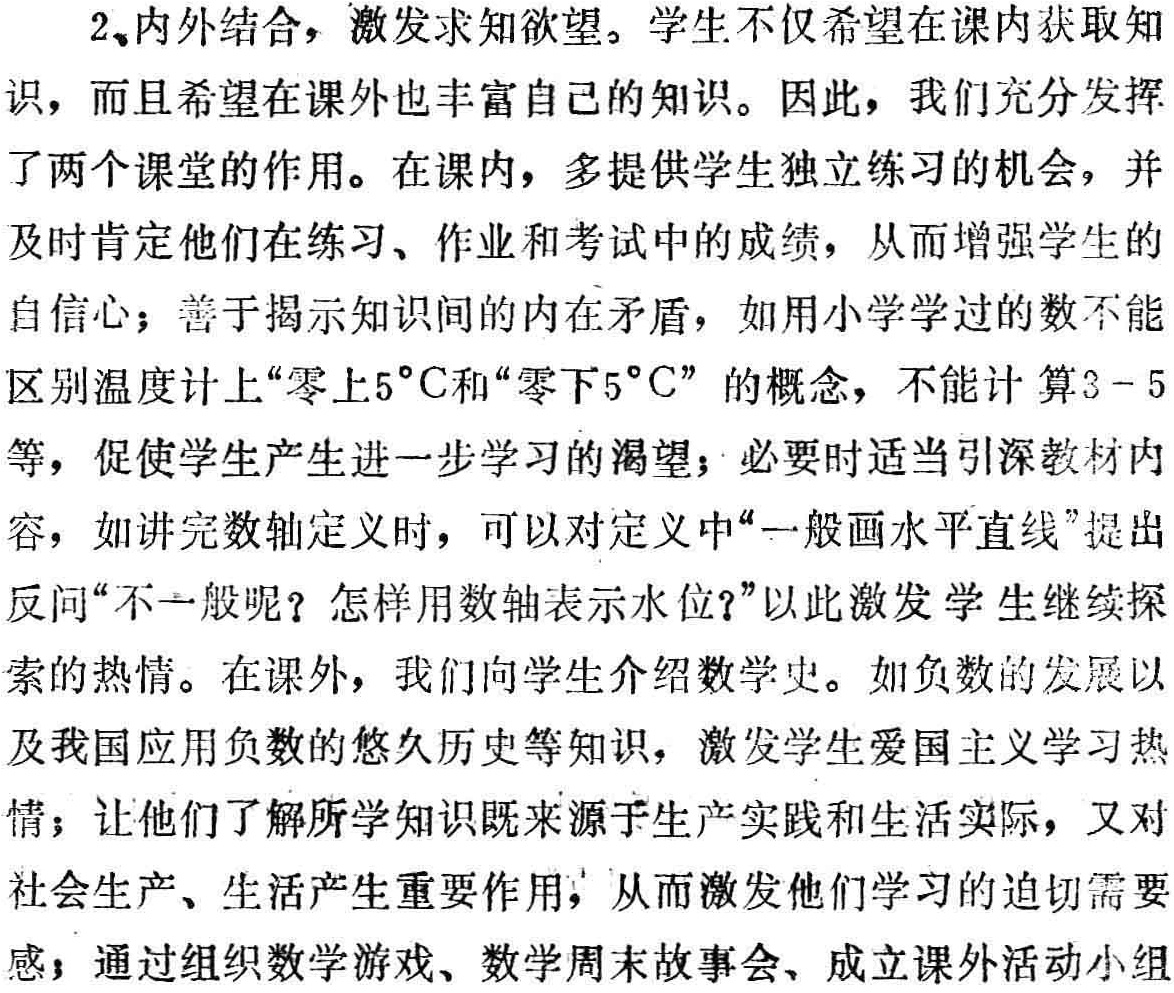
2、内外结合，激发求知欲望。学生不仅希望在课内获取知

识，而且希望在课外也丰富自己的知识。因此，我们充分发挥

了两个课堂的作用。在课内，多提供学生独立练习的机会，并

及时肯定他们在练习、作业和考试中的成绩，从而增强学生的

自信心；善于揭示知识间的内在矛盾，如用小学学过的数不能

区别温度计上“零上\(5^{\circ}C\)和“零下\(5^{\circ}C\)” 的概念，不能计 算\(3 - 5\)

等，促使学生产生进一步学习的渴望；必要时适当引深教材内

容，如讲完数轴定义时，可以对定义中“一般画水平直线”提出

反问“不一般呢？怎样用数轴表示水位?”以此激发 学生继续探

索的热情。在课外，我们向学生介绍数学史。如负数的发展以

及我国应用负数的悠久历史等知识，激发学生爱国主义学习热

情；让他们了解所学知识既来源于生产实践和生活实际，又对

社会生产、生活产生重要作用，从而激发他们学习的迫切需要

感；通过组织数学游戏、数学周末故事会、成立课外活动小组